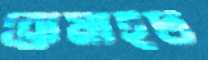
ব্রোমাইট